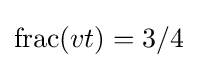
\operatorname {frac} (vt)=3/4